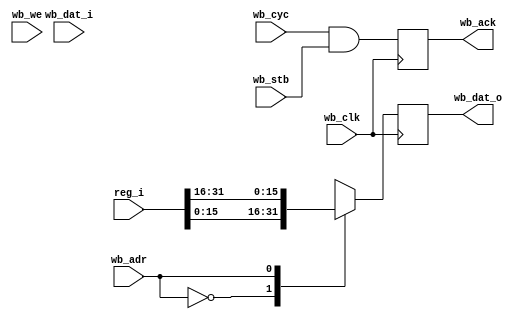
`timescale 1ns / 1ps
//////////////////////////////////////////////////////////////////////////////////
// Company: 
// Engineer: 
// 
// Design Name: 
// Module Name:    inoutreg 
// Project Name: 
// Target Devices: 
// Tool versions: 
// Description: 
// 	Block of 16 bit registers
// Dependencies: 
//
// Revision: 
// Revision 0.01 - File Created
// Additional Comments: 
//
//////////////////////////////////////////////////////////////////////////////////
module inpreg16(wb_dat_i, wb_dat_o, wb_we, wb_clk, wb_cyc, wb_ack, wb_stb, wb_adr, reg_i);
	parameter ADRBITS = 1;
   input [15:0] wb_dat_i;
   output reg [15:0] wb_dat_o;
   input wb_we;
   input wb_clk;
   input wb_cyc;
   output reg wb_ack;
   input wb_stb;
	input [ADRBITS-1:0] wb_adr;
   input [16*2**ADRBITS - 1:0] reg_i;
	 
	wire [15:0] register [2**ADRBITS - 1:0];
	
	genvar i;
	generate
	for (i = 0; i < 2**ADRBITS; i = i + 1) begin: UFOR
		assign register[i] = reg_i[16*i+15:16*i];
	end
	endgenerate
	
	always @ (posedge wb_clk) begin
		wb_dat_o <= register[wb_adr];
		wb_ack <= wb_cyc & wb_stb;
	end

endmodule